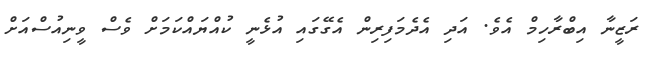
ރަޒީނާ އިބްރާހިމް އެވެ. އަދި އެދެމަފިރިން އެގޭގައި އުޅެނީ ކުއްޔައްކަމަށް ވެސް ވީނިއުސްއަށް